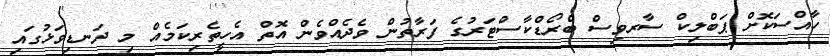
ހާއްސަކޮށް ޕަބްލިކް ސާރވިސް ބްރޯޑްކާސްޓަރުގެ ފަރާތުން ވެދެއްވެން އޮތް އެހީތެރިކަމެއް މި ދަނޑިވަޅުގައި